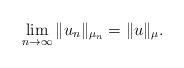
LaTeX: \begin{align*} \lim_{n \rightarrow \infty} \| u_n \|_{\mu_n} = \| u \|_{\mu}.\end{align*}